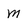
Character: m